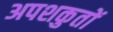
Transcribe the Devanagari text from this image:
अपशकुतों